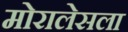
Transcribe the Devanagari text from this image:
मोरालेसला